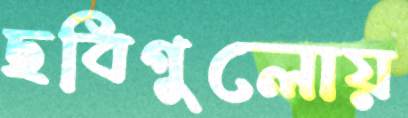
ছবিগুলোয়